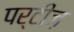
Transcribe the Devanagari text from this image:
पर्टीज़